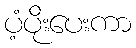
ပံ့ပိုးပေးကာ